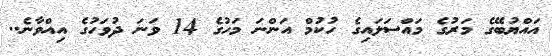
އައްޔުބޭގެ މަރުގެ މައްސަލައިގެ ހުކުމް އަންނަ މަހުގެ 14 ވަނަ ދުވަހުގެ އިއްވާނެ..